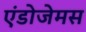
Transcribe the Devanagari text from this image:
एंडोजेमस